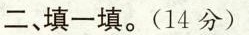
二、填一填。(14分)